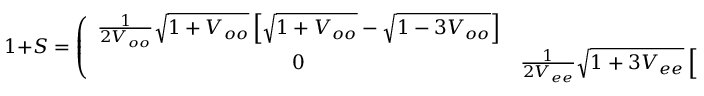
1 + S = \left( \begin{array} { c c } { { \frac { 1 } { 2 V _ { o o } } \sqrt { 1 + V _ { o o } } \left[ \sqrt { 1 + V _ { o o } } - \sqrt { 1 - 3 V _ { o o } } \right] } } & { { 0 } } \\ { { 0 } } & { { \frac { 1 } { 2 V _ { e e } } \sqrt { 1 + 3 V _ { e e } } \left[ \sqrt { 1 + 3 V _ { e e } } - \sqrt { ( 1 - V _ { e e } ) } \right] } } \end{array} \right) \, ,